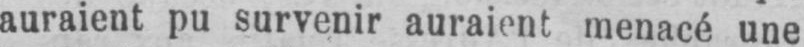
auraient pu survenir auraient menacé une